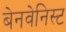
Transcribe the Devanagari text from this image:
बेनवेनिस्ट